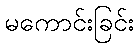
မကောင်းခြင်း